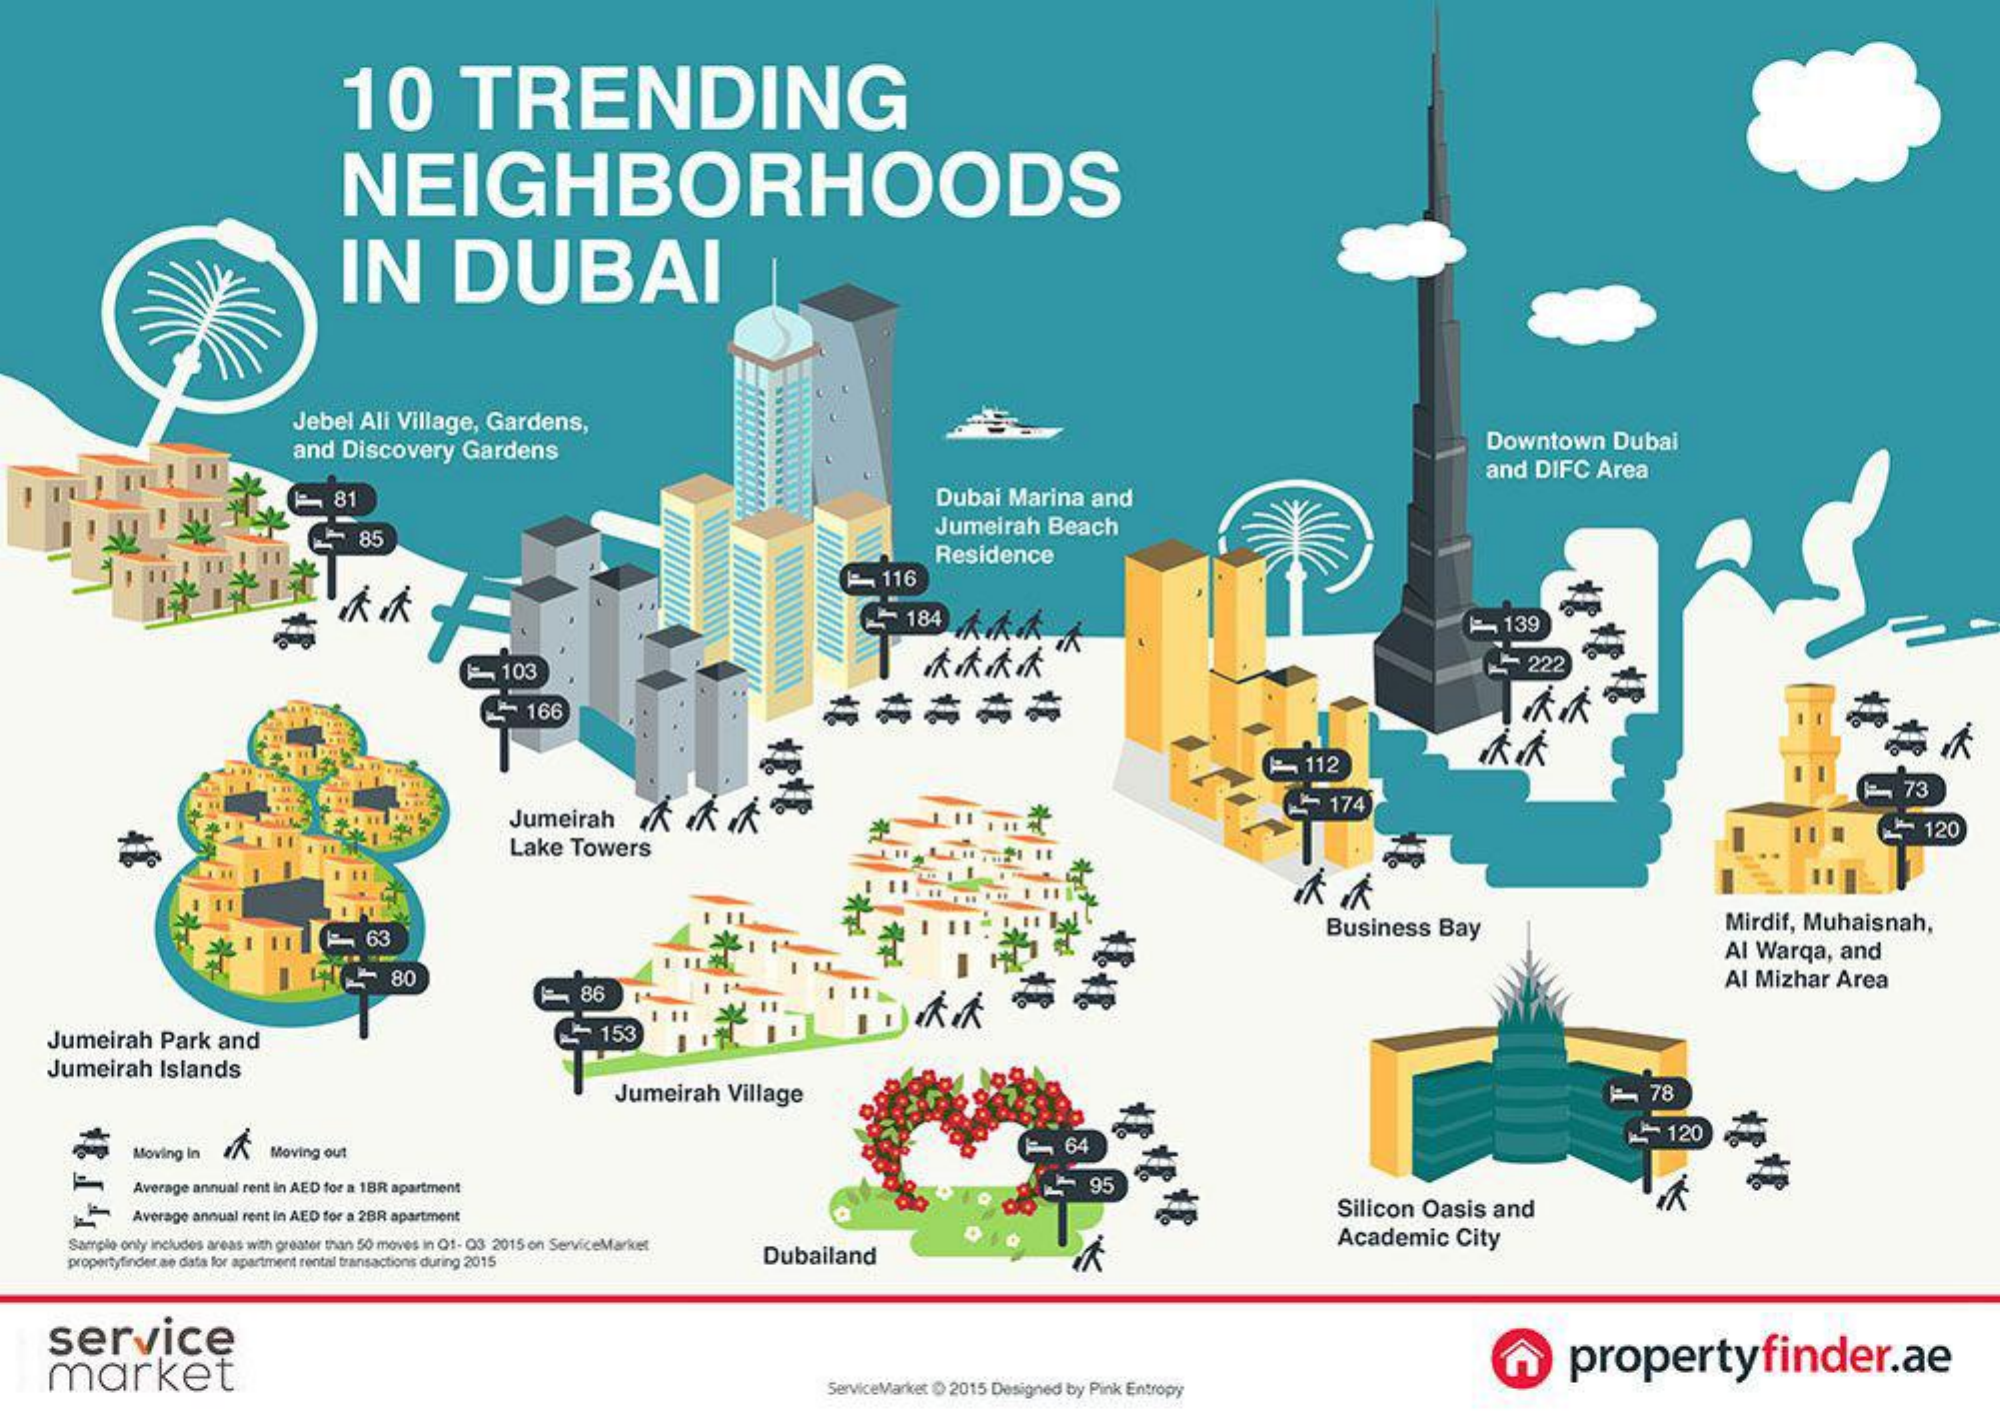
10    TRENDING
     NEIGHBORHOODS
     IN    DUBAI
     Jebel   Ali Village,   Gardens,
     and  Discovery    Gardens    Downtown    Dubai
     and   DIFC   Area
     Dubai    Marina    and
     -   85
     Jumeirah    Beach
     Residence
     -   116
     *** - 184 JAK -139
     -103
     -  222
     ~166
     112
     Jumeirah    IK    k    -  174    -    73
     Lake   Towers
     -   63    Business    Bay    Mirdif,  Muhaisnah,
     I  4-    80
     Al  Warqa,    and
     86    Al Mizhar    Area
     Jumeirah    Park   and    153
     Jumeirah    Islands
     Jumeirah    Village    -    78
     Moving In    64
     120
     Moving out
     Average annual rent in AED for a 1BR apartment    95
     Average annual rent in AED for a 2BR apartment    Silicon  Oasis    and
     Sample only includes areas with greater than 50 moves in Q1- 03 2015 on ServiceMarket
     propertyfinder ae data for apartment rental transactions during 2015    Dubailand
     Academic    City
     service
     market
     propertyfinder.ae
     ServiceMarket O 2015 Designed by Pink Entropy